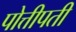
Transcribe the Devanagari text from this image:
पोत्तीपती